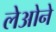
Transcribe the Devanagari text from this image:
लेओने